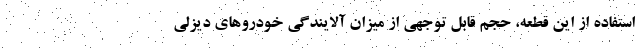
استفاده از این قطعه، حجم قابل توجهی از میزان آلایندگی خودروهای دیزلی